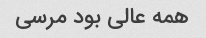
همه عالی بود مرسی